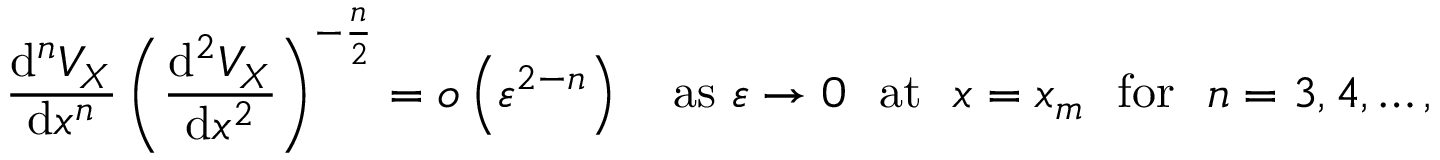
\frac { \mathrm { d } ^ { n } V _ { X } } { \mathrm { d } x ^ { n } } \left( \frac { \mathrm { d } ^ { 2 } V _ { X } } { \mathrm { d } x ^ { 2 } } \right) ^ { - \frac { n } { 2 } } = o \left( \varepsilon ^ { 2 - n } \right) \quad \mathrm { a s \ } \varepsilon \rightarrow 0 \ \ \mathrm { a t \ \ } x = x _ { m } \ \ \mathrm { f o r \ \ } n = 3 , 4 , \ldots ,